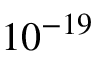
1 0 ^ { - 1 9 }